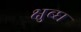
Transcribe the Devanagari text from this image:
क्षुब्घ